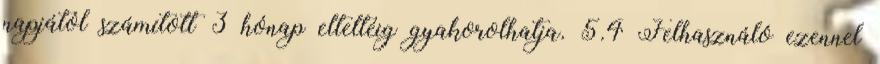
napjától számított 3 hónap elteltéig gyakorolhatja. 5.4 Felhasználó ezennel